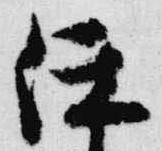
任